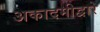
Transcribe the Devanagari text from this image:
अकादमीद्वारे